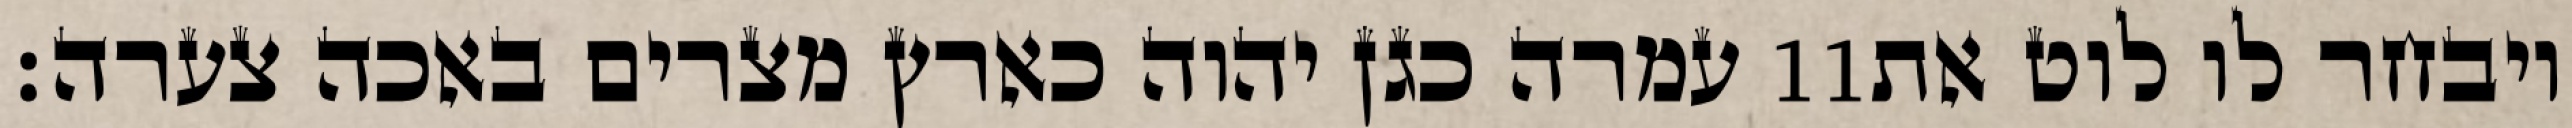
עמרה כגן יהוה כארץ מצרים באכה צערה׃ ‎11‏ ויבחר לו לוט את